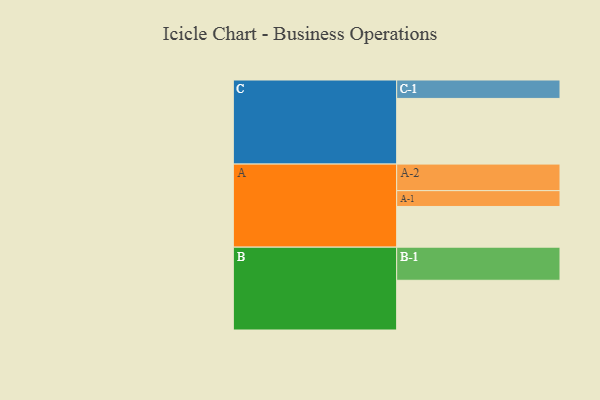
{"axis": {"x": "Segment", "y": "Value"}, "legend": ["", "A", "B", "C"], "data": [{"x": "A", "y": 360, "type": ""}, {"x": "B", "y": 440, "type": ""}, {"x": "C", "y": 581, "type": ""}, {"x": "A-1", "y": 140, "type": "A"}, {"x": "A-2", "y": 235, "type": "A"}, {"x": "B-1", "y": 293, "type": "B"}, {"x": "C-1", "y": 163, "type": "C"}]}